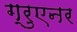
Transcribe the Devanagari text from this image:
ग्रुएनर